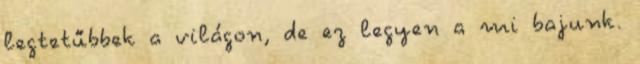
legtetűbbek a világon, de ez legyen a mi bajunk.